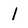
Character: 1